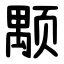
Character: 颙